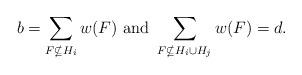
LaTeX: \begin{align*}b = \sum_{F \nsubseteq H_i }w(F)\mbox{ and } \sum_{F \nsubseteq H_i \cup H_j}w(F)= d.\end{align*}